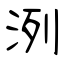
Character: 洌